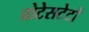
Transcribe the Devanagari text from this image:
प्रोटेसटेटों